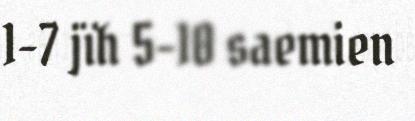
1-7 jïh 5-10 saemien